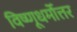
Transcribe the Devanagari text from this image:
विष्णूधर्मोत्तर